Annual report of the Camel Specialist
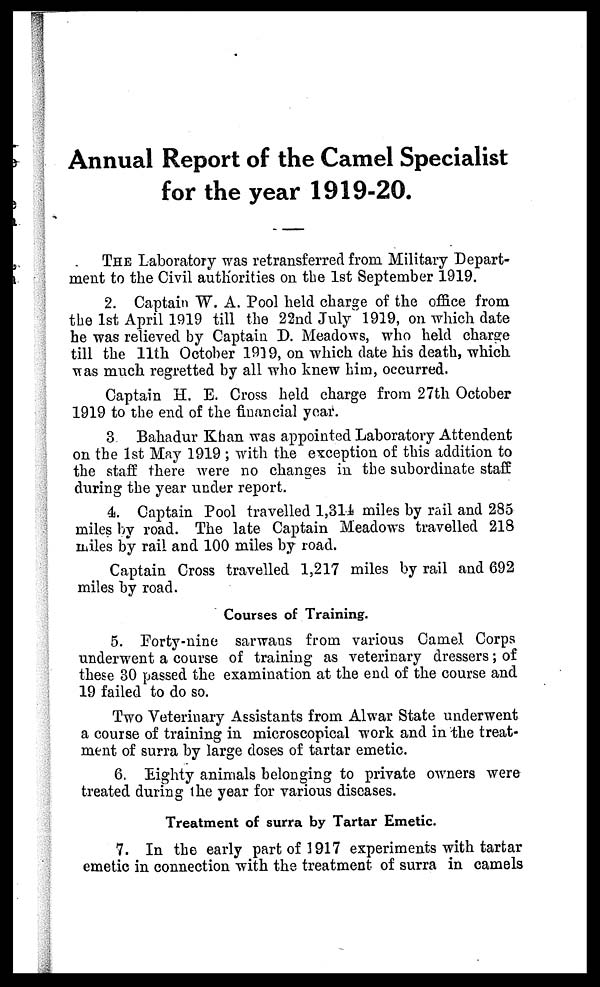
Annual Report of the Camel Specialist
for the year 1919-20.
THE Laboratory was retransferred from Military Depart-
ment to the Civil authorities on the 1st September 1919.
2. Captain W. A. Pool held charge of the office from
the 1st April 1919 till the 22nd July 1919, on which date
he was relieved by Captain D. Meadows, who held charge
till the 11th October 1919, on which date his death, which
was much regretted by all who knew him, occurred.
Captain H. E. Cross held charge from 27th October
1919 to the end of the financial year.
3 Bahadur Khan was appointed Laboratory Attendent
on the 1st May 1919 ; with the exception of this addition to
the staff there were no changes in the subordinate staff
during the year under report.
4. Captain Pool travelled 1,314 miles by rail and 285
miles by road. The late Captain Meadows travelled 218
miles by rail and 100 miles by road.
Captain Cross travelled 1,217 miles by rail and 692
miles by road.
Courses of Training.
5. Forty-nine sarwans from various Camel Corps
underwent a course of training as veterinary dressers; of
these 30 passed the examination at the end of the course and
19 failed to do so.
Two Veterinary Assistants from Alwar State underwent
a course of training in microscopical work and in the treat-
ment of surra by large doses of tartar emetic.
6. Eighty animals belonging to private owners were
treated during the year for various diseases.
Treatment of surra by Tartar Emetic.
7. In the early part of 1917 experiments with tartar
emetic in connection with the treatment of surra in camels